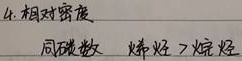
4. 相对密度同碳数 烯烃$>$烷烃